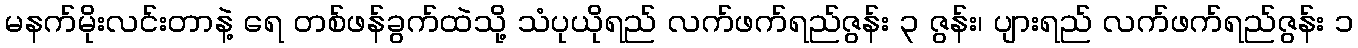
မနက်မိုးလင်းတာနဲ့ ရေ တစ်ဖန်ခွက်ထဲသို့ သံပုယိုရည် လက်ဖက်ရည်ဇွန်း ၃ ဇွန်း၊ ပျားရည် လက်ဖက်ရည်ဇွန်း ၁